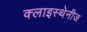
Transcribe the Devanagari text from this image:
क्लाइस्थेनीज